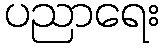
ပညာရေး